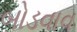
બોડવાવ